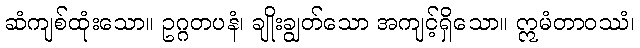
ဆံကျစ်ထုံးသော။ ဥဂ္ဂတပနံ၊ ချိုးချွတ်သော အကျင့်ရှိသော။ ဣမံတာဝဿံ၊